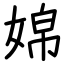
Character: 婂